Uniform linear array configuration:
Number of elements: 48
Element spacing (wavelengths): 0.5
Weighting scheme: uniform
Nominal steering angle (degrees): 0
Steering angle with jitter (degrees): -1.33
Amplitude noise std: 0.05
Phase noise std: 0.05

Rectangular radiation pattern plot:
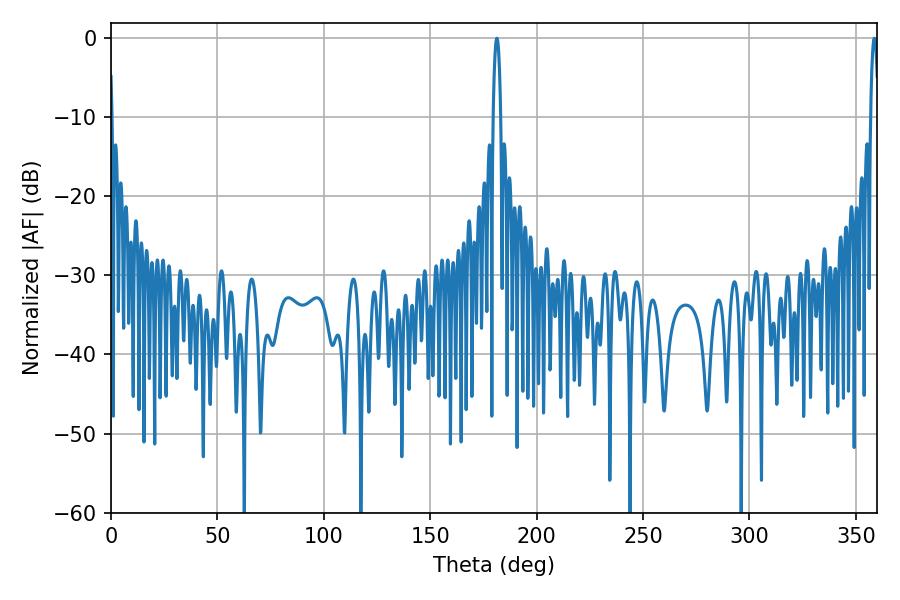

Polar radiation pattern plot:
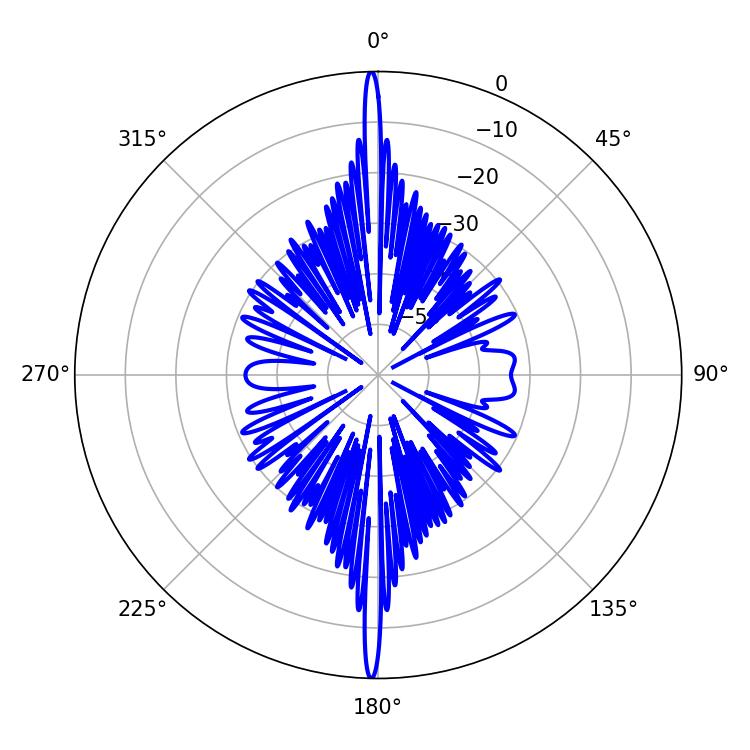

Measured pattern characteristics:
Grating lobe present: FALSE
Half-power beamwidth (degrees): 1.98
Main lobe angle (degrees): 181.26